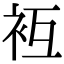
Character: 𧘢